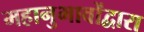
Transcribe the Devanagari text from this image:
महानुभावोंद्वारा